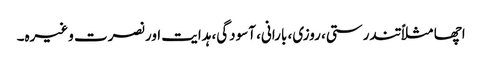
اچھا مثلاً تندرستی، روزی، بارانی، آسودگی، ہدایت اور نصرت وغیرہ۔